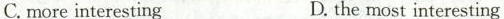
C. more interesting D. the most interesting